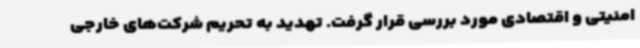
امنیتی و اقتصادی مورد بررسی قرار گرفت. تهدید به تحریم شرکت‌های خارجی